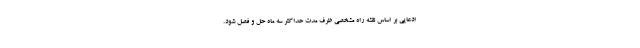
ادعایی بر اساس نقشه راه مشخصی ظرف مدت حداکثر سه ماه حل و فصل شود.